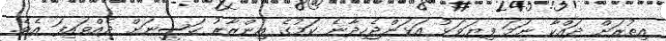
އިތުރަށް ދައްކާ ނަމަ ފިޔަވަޅު އަޅަންޖެހިދާނެ ކަމުގެ އިންޒާރު ހަސީނަށް ދެއްވައިފަ އެވެ.